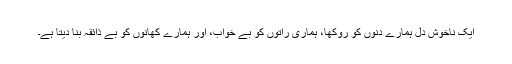
ایک ناخوش دل ہمارے دنوں کو روکھا، ہماری راتوں کو بے خواب، اور ہمارے کھانوں کو بے ذائقہ بنا دیتا ہے۔